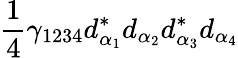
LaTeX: \frac{1}{4}\gamma_{1234}d_{\alpha_{1}}^{*}d_{\alpha_{2}}d_{\alpha_{3}}^{*}d_{\alpha_{4}}